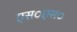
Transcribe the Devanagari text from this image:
एस०एस०